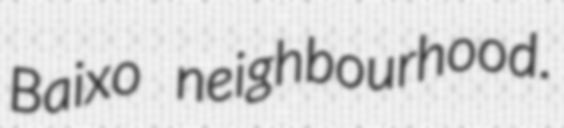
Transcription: Baixo neighbourhood.